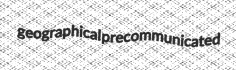
geographical precommunicated